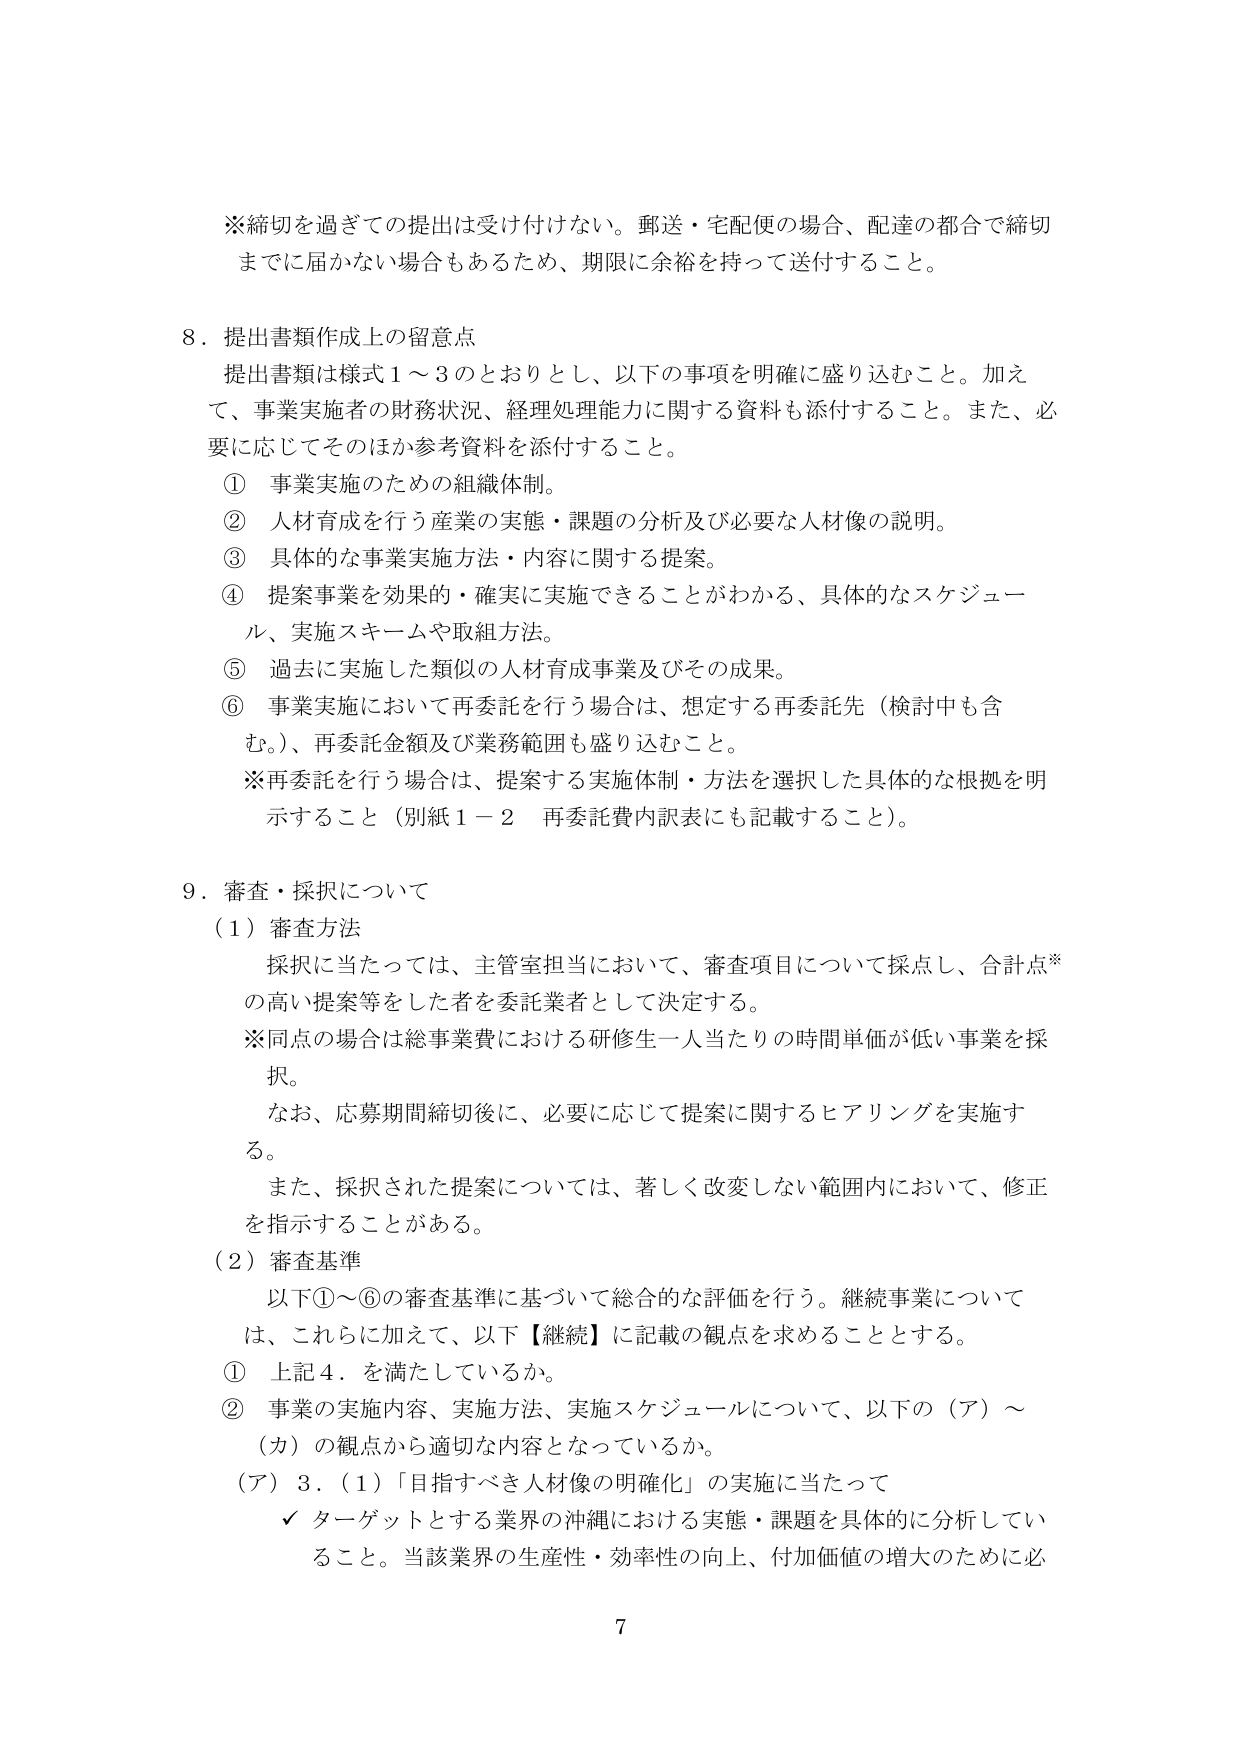
※締切を過ぎての提出は受け付けない。郵送・宅配便の場合、配達の都合で締切までに届かない場合もあるため、期限に余裕を持って送付すること。

8．提出書類作成上の留意点
提出書類は様式1～3のとおりとし、以下の事項を明確に盛り込むこと。加えて、事業実施者の財務状況、経理処理能力に関する資料も添付すること。また、必要に応じてそのほか参考資料を添付すること。
① 事業実施のための組織体制。
② 人材育成を行う産業の実態・課題の分析及び必要な人材像の説明。
③ 具体的な事業実施方法・内容に関する提案。
④ 提案事業を効果的・確実に実施できることがわかる、具体的なスケジュール、実施スキームや取組方法。
⑤ 過去に実施した類似の人材育成事業及びその成果。
⑥ 事業実施において再委託を行う場合は、想定する再委託先（検討中も含む。）、再委託金額及び業務範囲も盛り込むこと。
※再委託を行う場合は、提案する実施体制・方法を選択した具体的な根拠を明示すること（別紙1－2 再委託費内訳表にも記載すること）。

9．審査・採択について
（1）審査方法
採択に当たっては、主管室担当において、審査項目について採点し、合計点※の高い提案等をした者を委託業者として決定する。
※同点の場合は総事業費における研修生一人当たりの時間単価が低い事業を採択。
なお、応募期間締切後に、必要に応じて提案に関するヒアリングを実施する。
また、採択された提案については、著しく改変しない範囲内において、修正を指示することがある。
（2）審査基準
以下①～⑥の審査基準に基づいて総合的な評価を行う。継続事業については、これらに加えて、以下【継続】に記載の観点を求めることがある。
① 上記4．を満たしているか。
② 事業の実施内容、実施方法、実施スケジュールについて、以下の（ア）～（カ）の観点から適切な内容となっているか。
（ア）3．（1）「目指すべき人材像の明確化」の実施に当たって
✓ ターゲットとする業界の沖縄における実態・課題を具体的に分析していること。当該業界の生産性・効率性の向上、付加価値の増大のために必

7